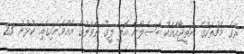
ރޭގެ މެޗުތަކުގެ ނަތީޖާއާއެކު ބާސެލޯނާ އޮތީ ލީގު ތާވަލުގެ އެއްވަނައިގައި ކުޅުނު 23